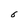
Character: 6